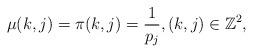
LaTeX: \begin{align*}\mu(k,j)=\pi(k,j)=\frac{1}{p_j}, (k,j)\in \mathbb{Z}^2,\end{align*}